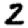
Digit: 2